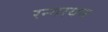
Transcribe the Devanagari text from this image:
रन्गायन